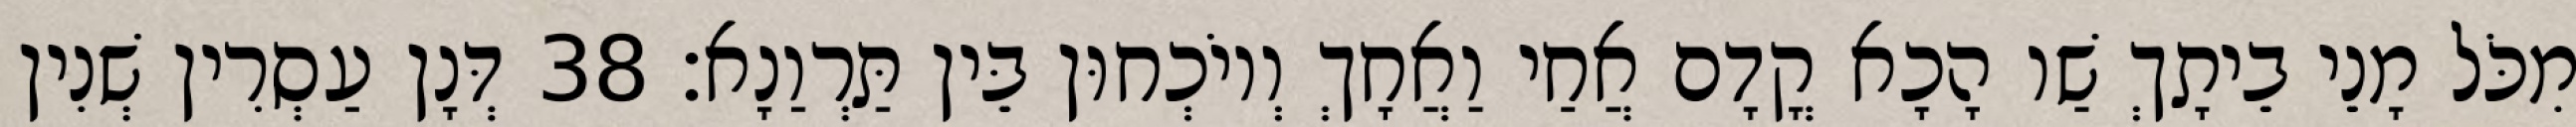
מִכֹּל מָנֵי בֵיתָךְ שַׁו הָכָא קֳדָם אֲחַי וַאֲחָךְ וְיוֹכְחוּן בֵּין תַּרְוַנָא׃ 38 דְּנָן עַסְרִין שְׁנִין